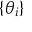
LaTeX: \{ \theta _ { i } \}